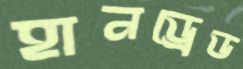
হানড্রেড